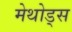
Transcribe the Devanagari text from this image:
मेथोड्स